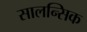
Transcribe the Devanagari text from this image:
सालन्सिक